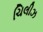
ચિલીઝ